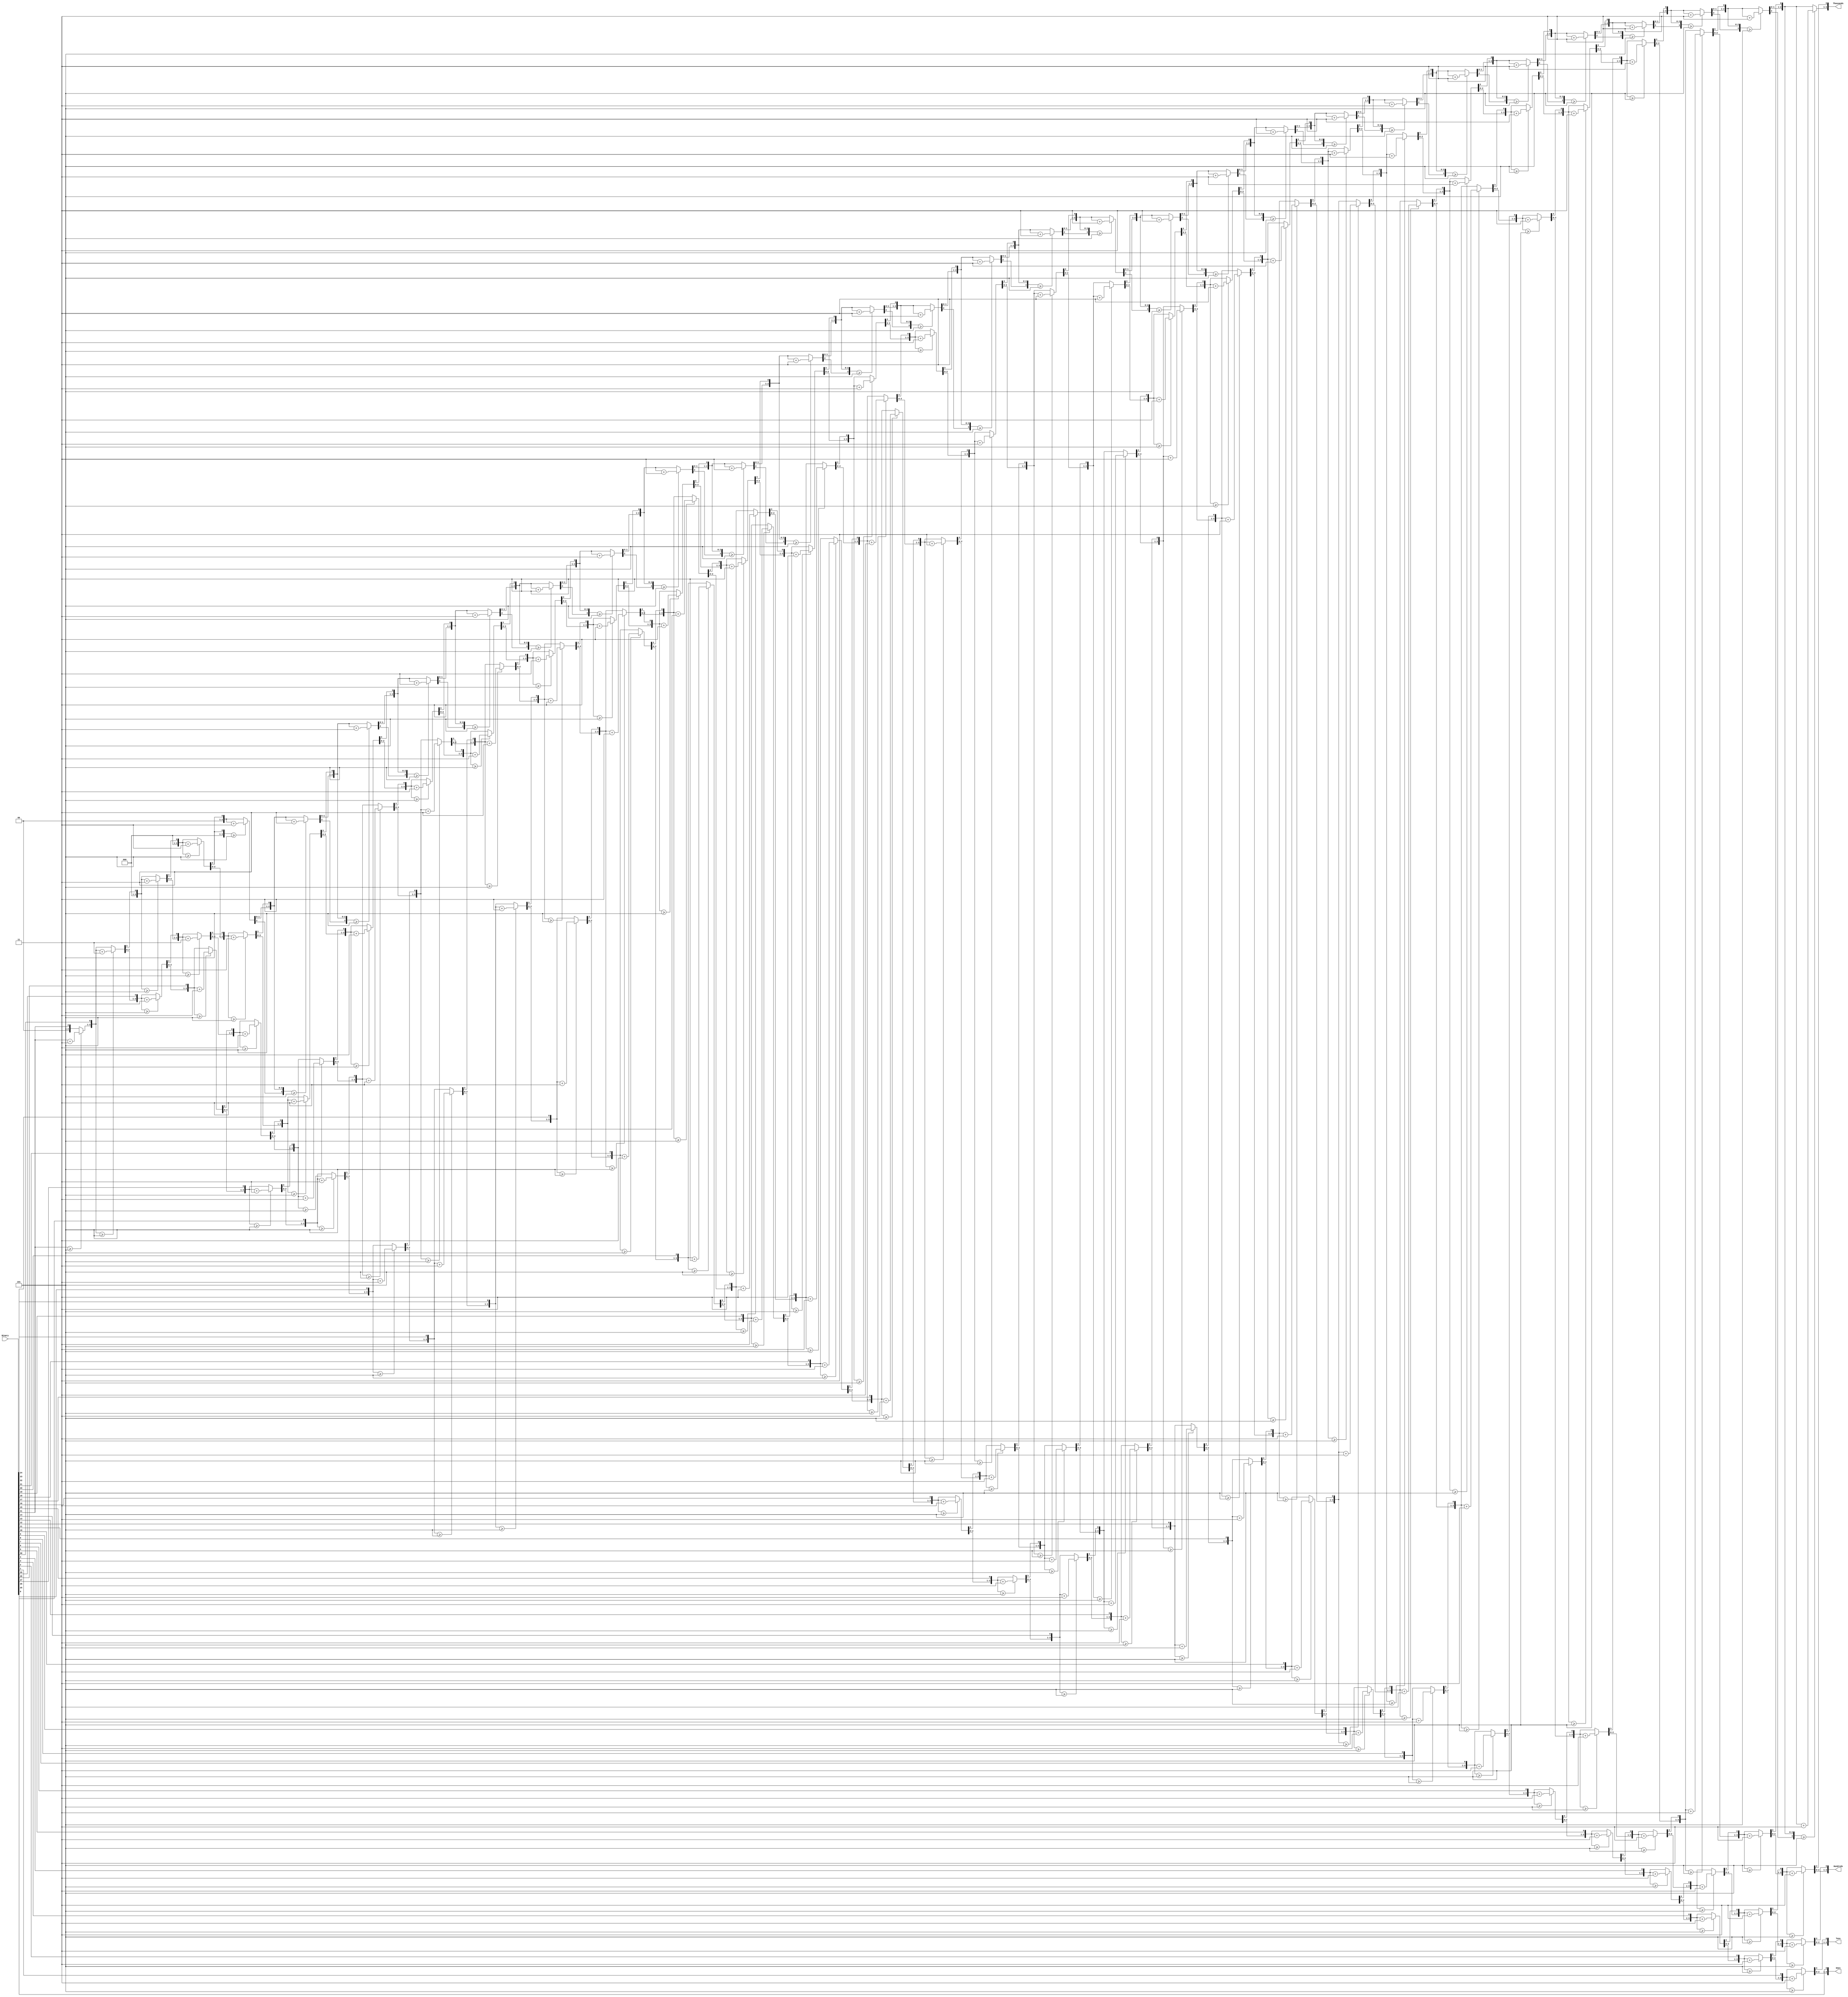
module BCDConverter(
    input [31:0] Binary,
    output reg [3:0] Thousands,
    output reg [3:0] Hundreds,
    output reg [3:0] Tens,
    output reg [3:0] Ones
);

integer i;
always@(Binary)
begin
  Thousands = 4'd0;
  Hundreds = 4'd0;
  Tens = 4'd0;
  Ones = 4'd0;

  for (i = 31; i >= 0; i = i - 1)
  begin
    // Add 3 to columns >= 5
    if (Thousands >= 5)
       Thousands = Thousands +3;
    if (Hundreds >= 5)
       Hundreds = Hundreds +3;
    if (Tens >= 5)
       Tens = Tens +3;
    if (Ones >= 5)
       Ones = Ones +3;
    
    // Shift left one
    Thousands = Thousands << 1;
    Thousands[0] = Hundreds[3];
    Hundreds = Hundreds << 1;
    Hundreds[0] = Tens[3];
    Tens = Tens << 1;
    Tens[0] = Ones[3];
    Ones = Ones << 1;
    Ones[0] = Binary[i];
  end
end

endmodule